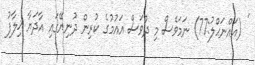
' (އައްނަޙްލު:77) ނަމަވެސް މި ދުވަސް އައުމުގެ ކުރިން ދުނިޔޭގައި އާދަޔާ ޚިލާފު